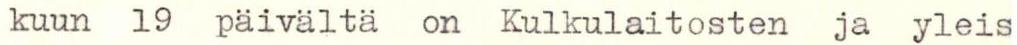
kuun 19 päivältä on Kulkulaitosten ja yleis